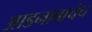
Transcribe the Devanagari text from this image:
आडनावाचेच